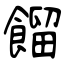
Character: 餾